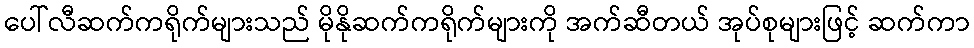
ပေါ်လီဆက်ကရိုက်များသည် မိုနိုဆက်ကရိုက်များကို အက်ဆီတယ် အုပ်စုများဖြင့် ဆက်ကာ